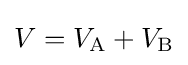
V=V_{\text{A}}+V_{\text{B}}